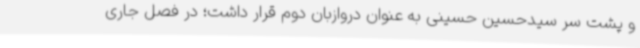
و پشت سر سیدحسین حسینی به عنوان دروازبان دوم قرار داشت؛ در فصل جاری